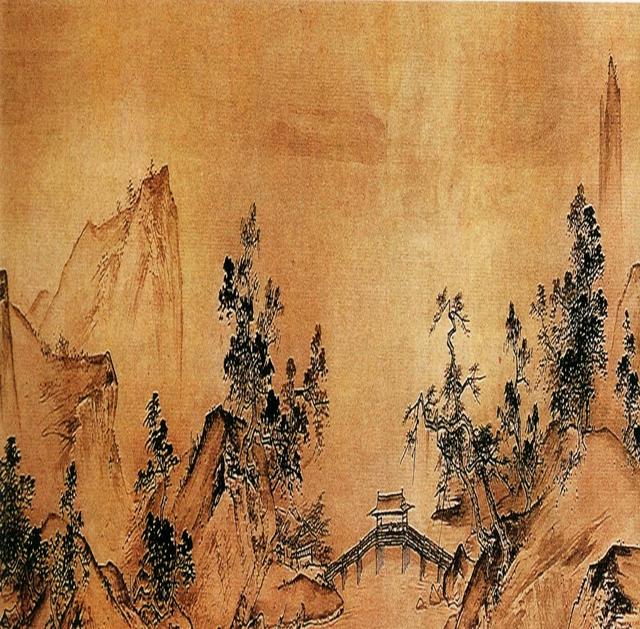
蕙风如薰，甘露如醴。